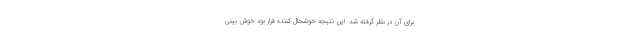
برای آن در نظر گرفته شد. این نتیجه خوشحال کننده قرار بود خوش بینی